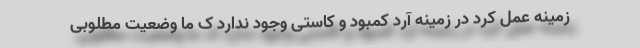
زمینه عمل کرد در زمینه آرد کمبود و کاستی وجود ندارد ک ما وضعیت مطلوبی